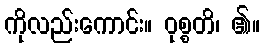
ကိုလည်းကောင်း။ ဝုစ္စတိ၊ ၏။